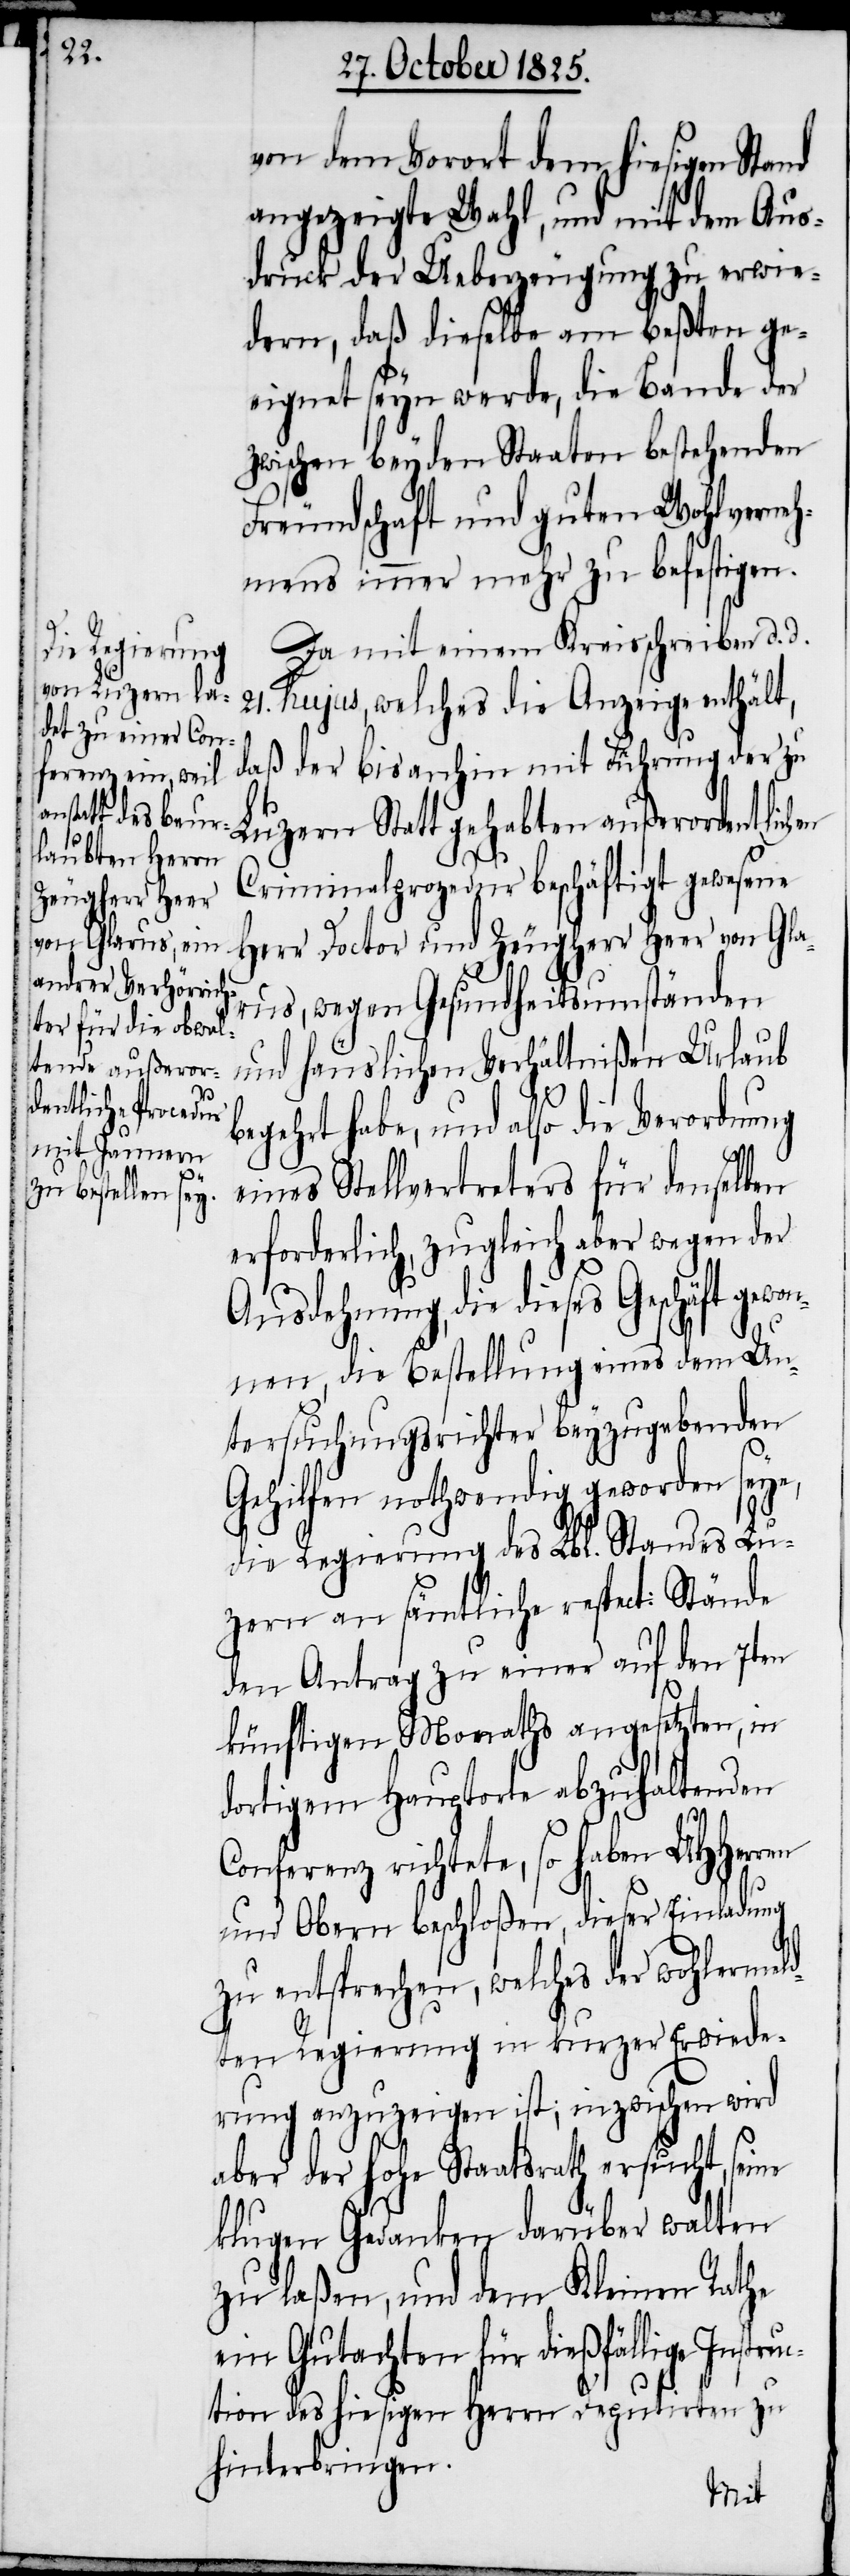
von dem Vorort dem hiesigen Stand
angezeigte Wahl, und mit dem Aus¬
druck der Ueberzeugung zu erwie¬
dern, daß dieselbe am beßten ge¬
eignet seyn werde, die Bande der
zwischen beyden Staaten bestehenden
Freundschaft und guten Wohlverneh¬
mens immer mehr zu befestigen.
Da mit einem Kreisschreiben d. d.
21. hujus, welches die Anzeige enthält,
daß der bis anhin mit Führung der zu
Luzern statt gehabten außerordentlichen
Criminalprozedur beschäftigt gewesene
Herr Doctor und Zeugherr Heer von Gla¬
rus, wegen Gesundheitsumständen
und häuslichen Verhältnißen Urlaub
begehrt habe, und also die Verordnung
eines Stellvertreters für denselben
erforderlich, zugleich aber wegen der
Ausdehnung, die dieses Geschäft g¬
nnen, die Bestellung eines dem Un¬
tersuchungsrichter beyzugebenden
Gehilfen nothwendig geworden seye,
die Regierung des Lbl. Standes Lu¬
zern an sämtliche respect: Stände
den Antrag zu einer auf den 7ten
künftigen Monaths angesetzten, in
dortigem Hauptorte abzuhaltenden
erenz richtete, so haben
und Obern beschloßen, dieser Einladung
Conf¬
zu entsprechen, welches der wohlermel¬
dten Regierung in kurzer Erwiede¬
rung anzuzeigen ist, inzwischen wird
aber der hohe Staatsrath ersucht, seine
klugen Gedanken darüber walten
zu laßen, und dem Kleinen Rathe
ein Gutachten für dießfällige Instru¬
ction des hiesigen Herrn Deputirten zu
hinterbringen.